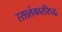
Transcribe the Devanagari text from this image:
रसालंकारसिद्ध